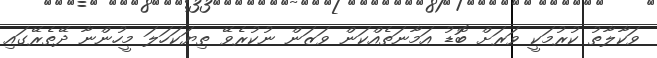
ވަކާލާތު ކުރުމަކީ ވަރަށް ބޮޑު އަމާނަތެއްކަން ވަޒަން ނުކުރެވޭ ތިޔަކަހަލަ މީހުންނާ ދޭތެރޭގައި